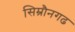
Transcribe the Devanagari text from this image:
सिम्रौनगढ